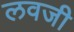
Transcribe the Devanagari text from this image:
लवजी